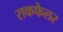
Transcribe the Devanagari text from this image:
राकफेलर